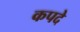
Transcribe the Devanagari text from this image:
कपदे